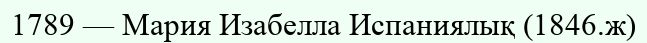
1789 — Мария Изабелла Испаниялық (1846.ж)